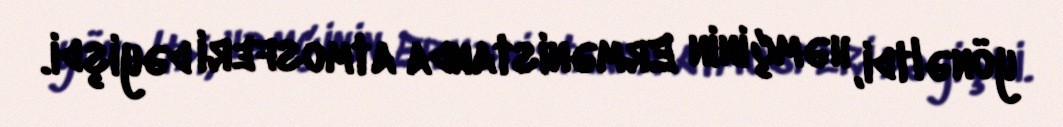
yönəltdi, həmçinin Ermənistanda atmosferi dəyişdi.